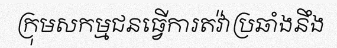
ក្រុមសកម្មជនធ្វើការតវ៉ាប្រឆាំងនឹង